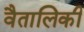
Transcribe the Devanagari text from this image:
वैतालिकी